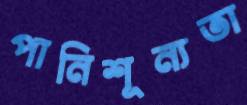
পানিশূন্যতা